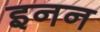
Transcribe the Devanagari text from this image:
इनन